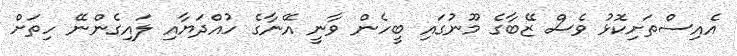
އެއިސްތަށިކޮޅު ވެސް ޒޭބާގެ މޫނުގައި ބީހެން ވާނީ އޭނާގެ ހުއްދަޔާއި ލައިގެންނޭ ހިތަށް